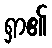
ရှာ၏